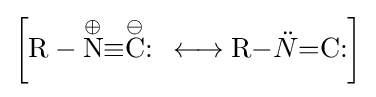
\left[{\mathrm {R} }-{\overset {\oplus }{\mathrm {N} }}{\equiv }{\overset {\ominus }{\mathrm {C} }}{:\,{}\mathrel {\longleftrightarrow } {}\mathrm {R} {-}{\ddot {N}}{=}\mathrm {C} {\text{:}}}\right]